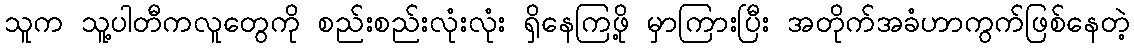
သူက သူ့ပါတီကလူတွေကို စည်းစည်းလုံးလုံး ရှိနေကြဖို့ မှာကြားပြီး အတိုက်အခံဟာကွက်ဖြစ်နေတဲ့